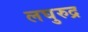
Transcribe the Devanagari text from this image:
लघुरुद्र